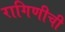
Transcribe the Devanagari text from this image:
रागिणीची